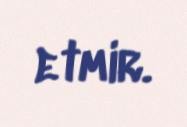
etmir.